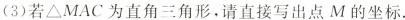
(3)若Δ\triangleMAC为直角三角形，请直接写出点M的坐标。